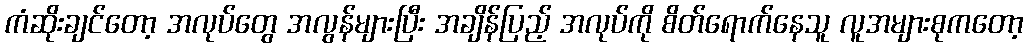
ကံဆိုးချင်တော့ အလုပ်တွေ အလွန်များပြီး အချိန်ပြည့် အလုပ်ကို စိတ်ရောက်နေသူ လူအများစုကတော့